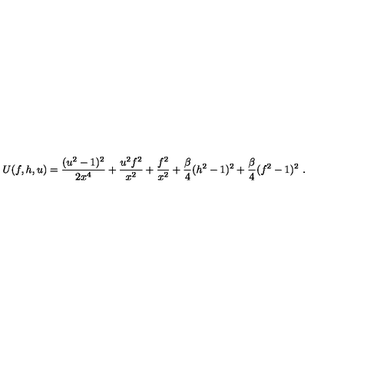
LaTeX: U ( f , h , u ) = \frac { ( u ^ { 2 } - 1 ) ^ { 2 } } { 2 x ^ { 4 } } + \frac { u ^ { 2 } f ^ { 2 } } { x ^ { 2 } } + \frac { f ^ { 2 } } { x ^ { 2 } } + \frac \beta 4 ( h ^ { 2 } - 1 ) ^ { 2 } + \frac \beta 4 ( f ^ { 2 } - 1 ) ^ { 2 } \ .